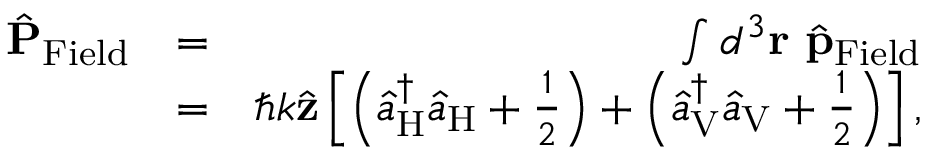
\begin{array} { r l r } { \hat { \bf P } _ { \mathrm { F i e l d } } } & { = } & { \int d ^ { 3 } { \bf r } \ \hat { \bf p } _ { \mathrm { F i e l d } } } \\ & { = } & { \hbar k \hat { \bf z } \left[ \left( \hat { a } _ { \mathrm { H } } ^ { \dagger } \hat { a } _ { \mathrm { H } } + \frac { 1 } { 2 } \right) + \left( \hat { a } _ { \mathrm { V } } ^ { \dagger } \hat { a } _ { \mathrm { V } } + \frac { 1 } { 2 } \right) \right] , } \end{array}